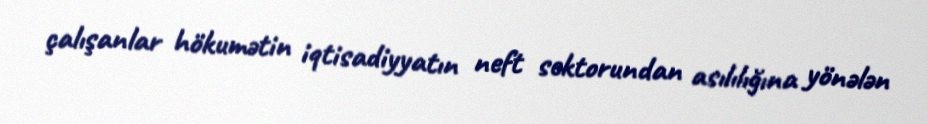
çalışanlar hökumətin iqtisadiyyatın neft sektorundan asılılığına yönələn